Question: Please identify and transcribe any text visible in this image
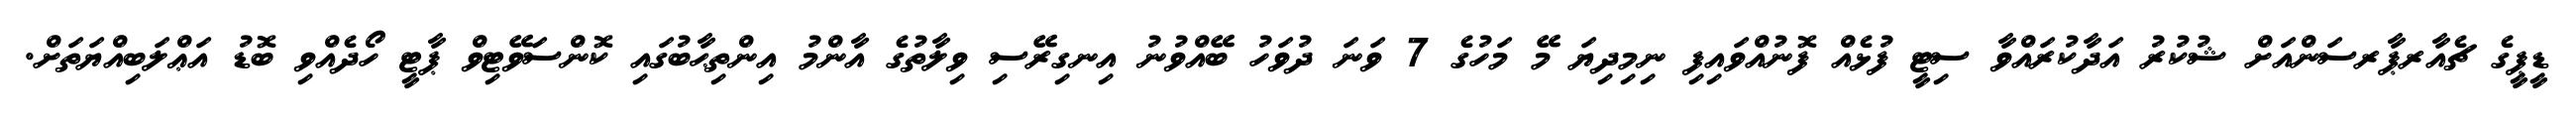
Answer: ޑީޕީގެ ޗެއާރޕާރސަންއަށް ޝުކުރު އަދާކުރައްވާ ސިޓީ ފުޅެއް ފޮނުއްވައިފި ނިމިދިޔަ މޭ މަހުގެ 7 ވަނަ ދުވަހު ބޭއްވުނު އިނގިރޭސި ވިލާތުގެ އާންމު އިންތިޙާބުގައި ކޮންސަވޭޓިވް ޕާޓީ ހޯދެއްވި ބޮޑު އަޢްލަބިއްޔަތަށް.